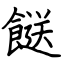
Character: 餸